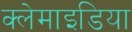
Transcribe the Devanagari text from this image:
क्लेमाइडिया